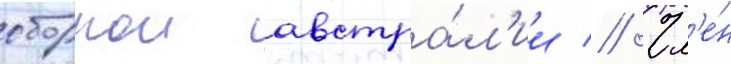
сборнои австра́л'ии // Чл'е́н